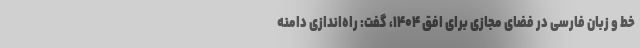
خط و زبان فارسی در فضای مجازی برای افق ۱۴۰۴، گفت: راه‌اندازی دامنه